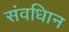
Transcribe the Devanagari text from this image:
संवधिान